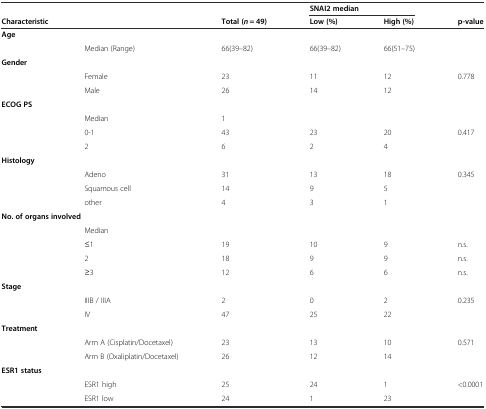
<table><thead><tr><td></td><td></td><td></td><td colspan="2"><b>SNAI2 median</b></td><td></td></tr><tr><td colspan="2"><b>Characteristic</b></td><td><b>Total (<i>n</i> = 49)</b></td><td><b>Low (%)</b></td><td><b>High (%)</b></td><td><b>p-value</b></td></tr></thead><tbody><tr><td colspan="2"><b>Age</b></td><td></td><td></td><td></td><td></td></tr><tr><td></td><td>Median (Range)</td><td>66(39–82)</td><td>66(39–82)</td><td>66(51–75)</td><td></td></tr><tr><td colspan="2"><b>Gender</b></td><td></td><td></td><td></td><td></td></tr><tr><td></td><td>Female</td><td>23</td><td>11</td><td>12</td><td>0.778</td></tr><tr><td></td><td>Male</td><td>26</td><td>14</td><td>12</td><td></td></tr><tr><td colspan="2"><b>ECOG PS</b></td><td></td><td></td><td></td><td></td></tr><tr><td></td><td>Median</td><td>1</td><td></td><td></td><td></td></tr><tr><td></td><td>0-1</td><td>43</td><td>23</td><td>20</td><td>0.417</td></tr><tr><td></td><td>2</td><td>6</td><td>2</td><td>4</td><td></td></tr><tr><td colspan="2"><b>Histology</b></td><td></td><td></td><td></td><td></td></tr><tr><td></td><td>Adeno</td><td>31</td><td>13</td><td>18</td><td>0.345</td></tr><tr><td></td><td>Squamous cell</td><td>14</td><td>9</td><td>5</td><td></td></tr><tr><td></td><td>other</td><td>4</td><td>3</td><td>1</td><td></td></tr><tr><td colspan="2"><b>No. of organs involved</b></td><td></td><td></td><td></td><td></td></tr><tr><td></td><td>Median</td><td></td><td></td><td></td><td></td></tr><tr><td></td><td>≤1</td><td>19</td><td>10</td><td>9</td><td>n.s.</td></tr><tr><td></td><td>2</td><td>18</td><td>9</td><td>9</td><td>n.s.</td></tr><tr><td></td><td>≥3</td><td>12</td><td>6</td><td>6</td><td>n.s.</td></tr><tr><td colspan="2"><b>Stage</b></td><td></td><td></td><td></td><td></td></tr><tr><td></td><td>IIIB / IIIA</td><td>2</td><td>0</td><td>2</td><td>0.235</td></tr><tr><td></td><td>IV</td><td>47</td><td>25</td><td>22</td><td></td></tr><tr><td colspan="2"><b>Treatment</b></td><td></td><td></td><td></td><td></td></tr><tr><td></td><td>Arm A (Cisplatin/Docetaxel)</td><td>23</td><td>13</td><td>10</td><td>0.571</td></tr><tr><td></td><td>Arm B (Oxaliplatin/Docetaxel)</td><td>26</td><td>12</td><td>14</td><td></td></tr><tr><td><b>ESR1 status</b></td><td></td><td></td><td></td><td></td><td></td></tr><tr><td></td><td>ESR1 high</td><td>25</td><td>24</td><td>1</td><td>&lt;0.0001</td></tr><tr><td></td><td>ESR1 low</td><td>24</td><td>1</td><td>23</td><td></td></tr></tbody></table>